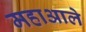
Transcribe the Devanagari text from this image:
महाआले